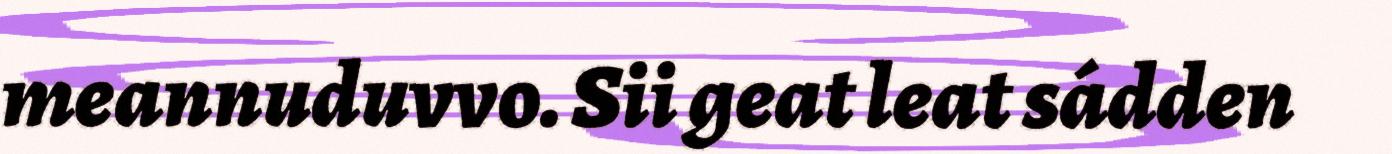
meannuduvvo. Sii geat leat sádden